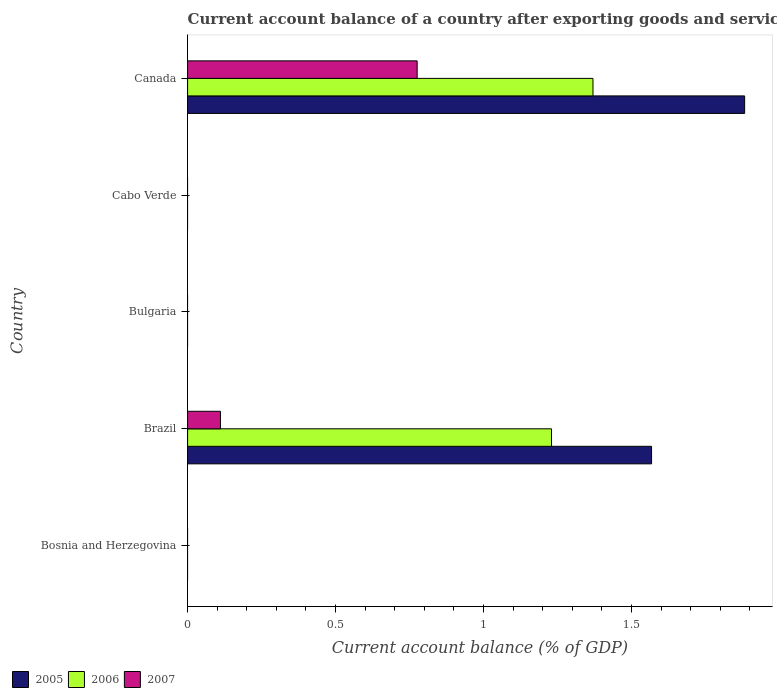
| Country | 2005 | 2006 | 2007 |
 | --- | --- | --- | --- |
 | Bosnia and Herzegovina | -16.9 | -7.95 | -9.39 |
 | Brazil | 1.57 | 1.23 | 0.111 |
 | Bulgaria | -11.2 | -17.1 | -25.5 |
 | Cabo Verde | -4.18 | -7.47 | -13.1 |
 | Canada | 1.88 | 1.37 | 0.776 |